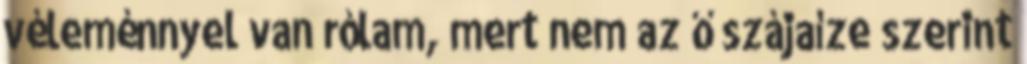
véleménnyel van rólam, mert nem az ő szájaíze szerint